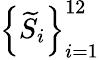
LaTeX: \left\{ \widetilde{S}_{i}\right\} _{i=1}^{12}